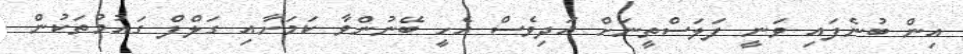
އިން ބުނެފައި ވަނީ ފަލަސްތީނަށް އަދިވެސް އެހީ ބޭނުންވާ ކަމަށާއި ގަލްފް ގައުމުތަކުން